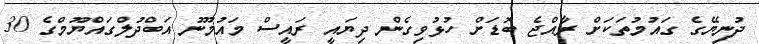
ދުނިޔޭގެ ގައުމުތަކަށް ރާއްޖެ ބޮޑަށް ހުޅުވިގެން ދިޔައީ ރައީސް މައުމޫނު އަބްދުލްގައްޔޫމްގެ 30